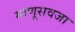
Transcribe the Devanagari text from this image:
माणूसवजा